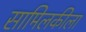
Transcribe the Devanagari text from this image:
सामिलकीला